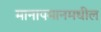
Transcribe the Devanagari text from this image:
मानापमानमधील